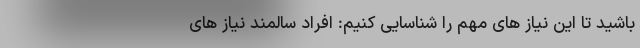
باشید تا این نیاز های مهم را شناسایی کنیم: افراد سالمند نیاز های